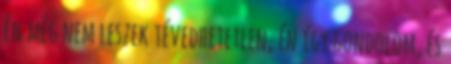
én még nem leszek tévedhetetlen, én így gondolom, és